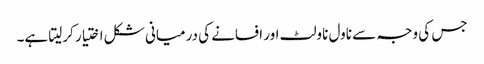
جس کی وجہ سے ناول ناولٹ اور افسانے کی درمیانی شکل اختیار کرلیتا ہے۔